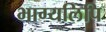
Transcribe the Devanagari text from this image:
भाग्यलिपि